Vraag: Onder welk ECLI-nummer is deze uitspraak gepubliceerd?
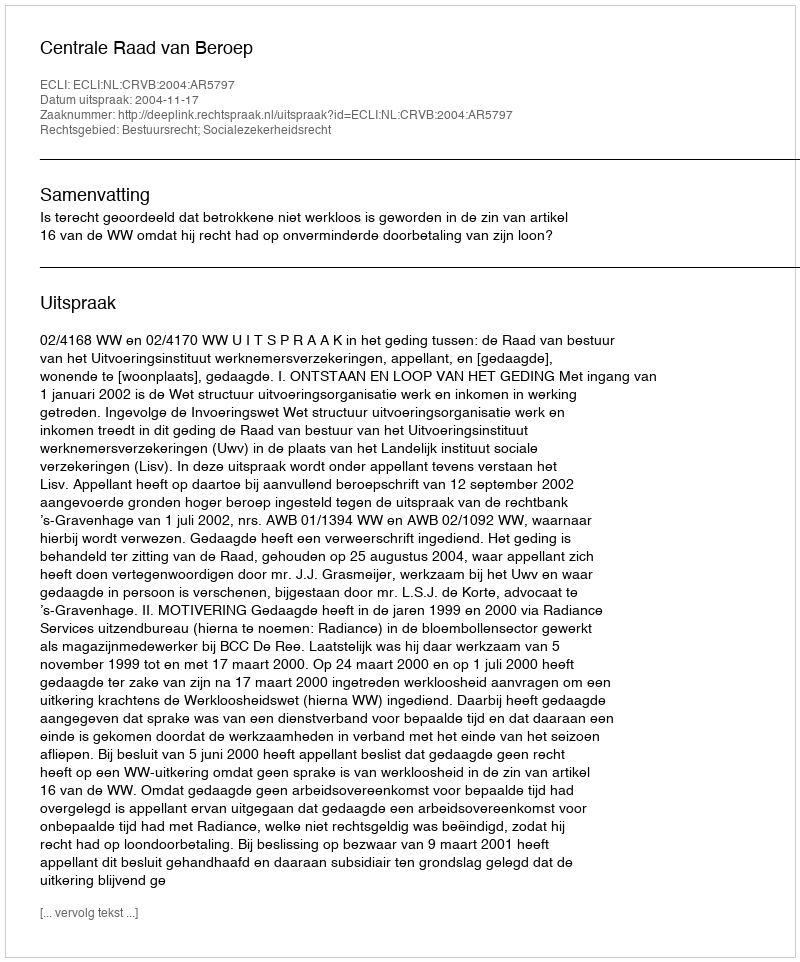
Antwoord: ECLI:NL:CRVB:2004:AR5797